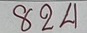
824